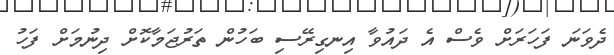
ދެވަނަ ފަހަރަށް ވެސް އެ ދައުވާ އިނގިރޭސި ބަހުން ތަރުޖަމާކޮށް ދިނުމަށް ފަހު